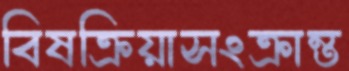
বিষক্রিয়াসংক্রান্ত